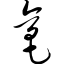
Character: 亳